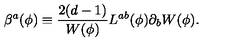
\beta ^ { a } ( \phi ) \equiv { \frac { 2 ( d - 1 ) } { W ( \phi ) } } L ^ { a b } ( \phi ) \partial _ { b } W ( \phi ) .